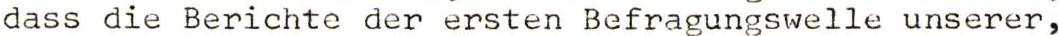
dass die Berichte der ersten Befragungswelle unserer,